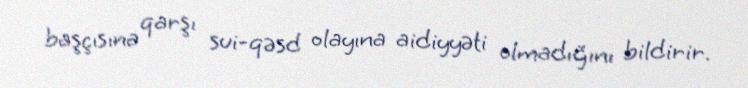
başçısına qarşı sui-qəsd olayına aidiyyəti olmadığını bildirir.